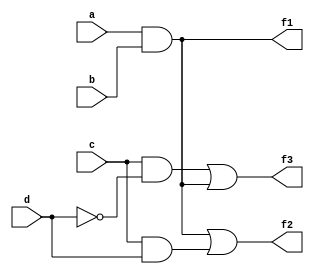
module combinational_logic (
    input wire a,
    input wire b,
    input wire c,
    input wire d,
    output wire f1,
    output wire f2,
    output wire f3
);

// Intermediate signals for common logic sharing
wire ab;      // Common term for f1 and f2
wire cd;      // Common term for f2 and f3

// Function Decomposition
// f1 = a AND b
assign ab = a & b;

// f2 = (a AND b) OR (c AND d)
assign cd = c & d;
assign f2 = ab | cd;

// f3 = (c AND NOT d) OR (a AND b)
assign f3 = (c & ~d) | ab;

// Final output for f1
assign f1 = ab;

endmodule